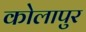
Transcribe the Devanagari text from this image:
कोलापुर